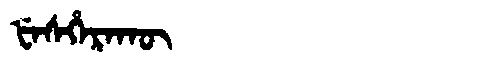
Manchu: ᡶᡝᠰᡥᡝᡵᠠᡴᡡ
Romanization: FESHERAKŪ